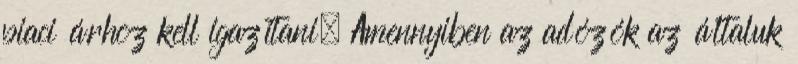
piaci árhoz kell igazítani. Amennyiben az adózók az általuk